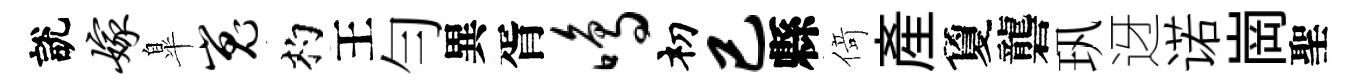
說嫁臯嵬杓王勻異胥鸣𥘉已縣𠋣產夐礱㺬迓诺崗聖